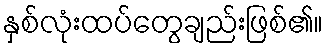
နှစ်လုံးထပ်တွေချည်းဖြစ်၏။